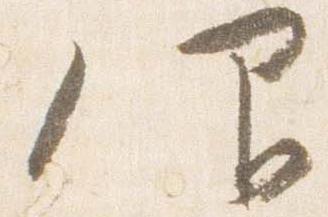
仰